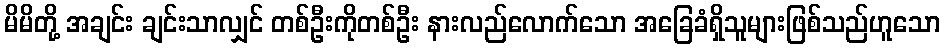
မိမိတို့ အချင်း ချင်းသာလျှင် တစ်ဦးကိုတစ်ဦး နားလည်လောက်သော အခြေခံရှိသူများဖြစ်သည်ဟူသော